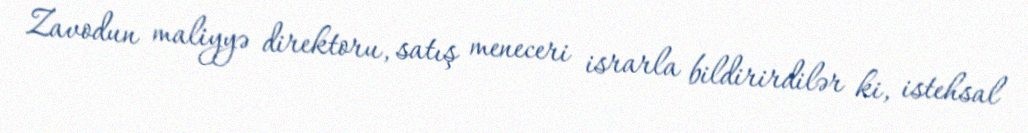
Zavodun maliyyə direktoru, satış meneceri israrla bildirirdilər ki, istehsal